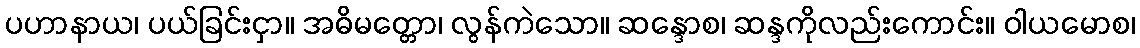
ပဟာနာယ၊ ပယ်ခြင်းငှာ။ အဓိမတ္တော၊ လွန်ကဲသော။ ဆန္ဒောစ၊ ဆန္ဒကိုလည်းကောင်း။ ဝါယမောစ၊